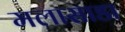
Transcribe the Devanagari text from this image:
मलासाडा